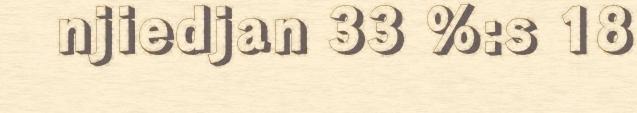
njiedjan 33 %:s 18